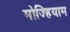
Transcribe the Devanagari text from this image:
मोज्हियाम